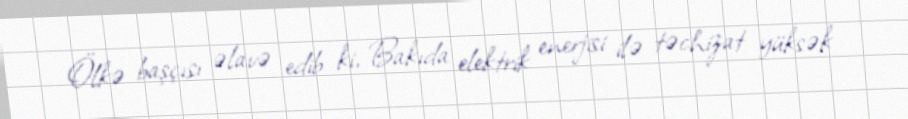
Ölkə başçısı əlavə edib ki, Bakıda elektrik enerjisi ilə təchizat yüksək